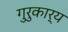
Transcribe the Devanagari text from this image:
गुरुकार्य